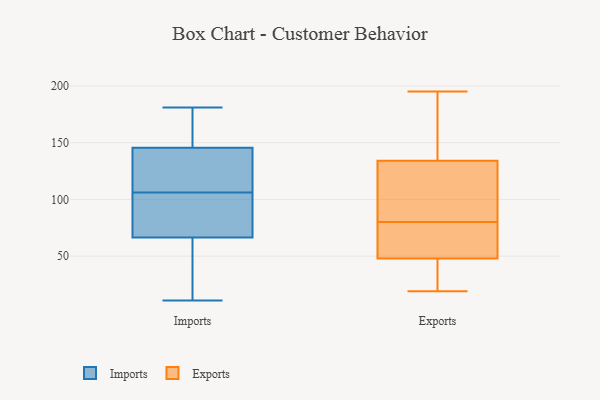
{"axis": {"x": "Population (Million)", "y": "Value"}, "legend": ["Exports", "Imports"], "data": [{"x": "", "y": 105, "type": "Imports"}, {"x": "", "y": 109, "type": "Imports"}, {"x": "", "y": 181, "type": "Imports"}, {"x": "", "y": 138, "type": "Imports"}, {"x": "", "y": 84, "type": "Imports"}, {"x": "", "y": 145, "type": "Imports"}, {"x": "", "y": 146, "type": "Imports"}, {"x": "", "y": 66, "type": "Imports"}, {"x": "", "y": 174, "type": "Imports"}, {"x": "", "y": 39, "type": "Imports"}, {"x": "", "y": 11, "type": "Imports"}, {"x": "", "y": 92, "type": "Imports"}, {"x": "", "y": 107, "type": "Imports"}, {"x": "", "y": 173, "type": "Imports"}, {"x": "", "y": 42, "type": "Imports"}, {"x": "", "y": 67, "type": "Imports"}, {"x": "", "y": 148, "type": "Exports"}, {"x": "", "y": 77, "type": "Exports"}, {"x": "", "y": 30, "type": "Exports"}, {"x": "", "y": 48, "type": "Exports"}, {"x": "", "y": 19, "type": "Exports"}, {"x": "", "y": 103, "type": "Exports"}, {"x": "", "y": 134, "type": "Exports"}, {"x": "", "y": 81, "type": "Exports"}, {"x": "", "y": 195, "type": "Exports"}, {"x": "", "y": 30, "type": "Exports"}, {"x": "", "y": 79, "type": "Exports"}, {"x": "", "y": 84, "type": "Exports"}, {"x": "", "y": 191, "type": "Exports"}, {"x": "", "y": 123, "type": "Exports"}, {"x": "", "y": 77, "type": "Exports"}, {"x": "", "y": 48, "type": "Exports"}, {"x": "", "y": 48, "type": "Exports"}, {"x": "", "y": 175, "type": "Exports"}]}